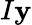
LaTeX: I\mathbf{y}